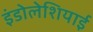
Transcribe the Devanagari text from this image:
इंडोलेशियाई